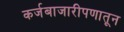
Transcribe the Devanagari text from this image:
कर्जबाजारीपणातून